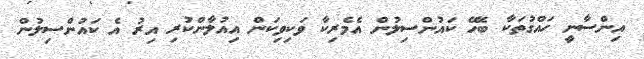
އިންސާނީ ހައްގުތަކާ ބެހޭ ކައުންސިލުން އެމެރިކާ ވަކިވިކަން އިއުލާންކުރި އިރު އެ ކައުންސިލުން